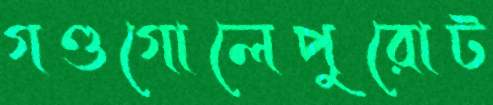
গণ্ডগোলেপুরোট